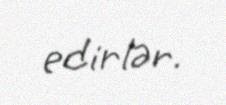
edirlər.